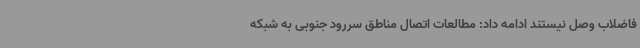
فاضلاب وصل نیستند ادامه داد: مطالعات اتصال مناطق سررود جنوبی به شبکه